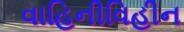
વાહિનીવિહીન